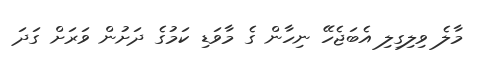
މާލެ ވިލިގިލި އެބަޖެހޭ ނިހާން ގެ މާވަޑި ކަމުގެ ދަށުން ވަރަށް ގަދަ